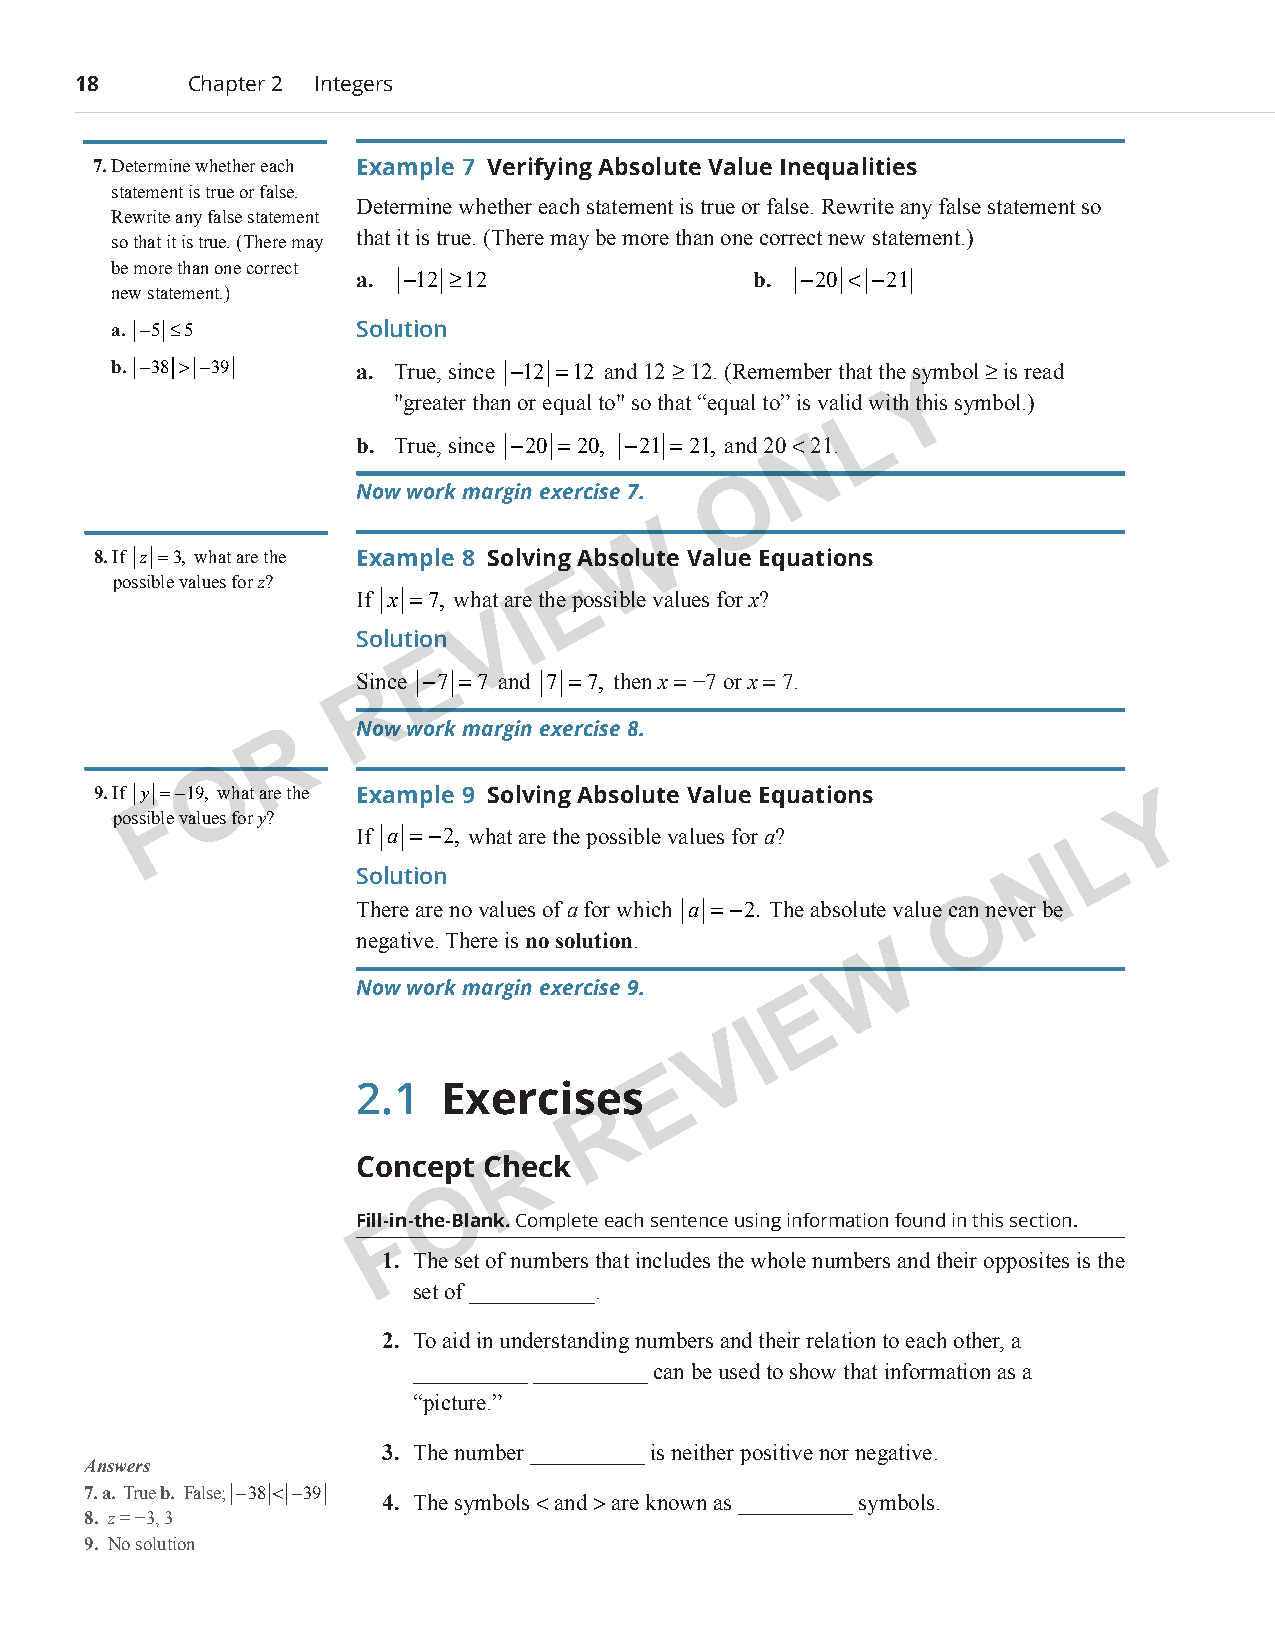
18      Chapter 2 Integers
 7. Determine whether each Example 7 Verifying Absolute Value Inequalities
 statement is true or false.
 Determine whether each statement is true or false. Rewrite any false statement so
 Rewrite any false statement
 that it is true. (There may be more than one correct new statement.)
 so that it is true. (There may
 be more than one correct
 a. −12 ≥12                b. −20 < −21
 new statement.)
 a. −5 ≤5        Solution
 b. −38 > −39    a. True, since −12 =12 and 12 ≥ 12. (Remember that the symb ol ≥ is read
 Y
 "greater than or equal to" so that “equal to” is valid with this symbol.)
 L
 b. True, since −20 =20, −21 =21, and 20 <N 21.
 O
 Now work margin exercise 7.
 W
 8. If z =3, what are the Example 8 Solving Absolute Value Equations
 E
 possible values for z?
 If x =7, what are the possible values for x?
 I
 V
 Solution
 E
 SRince −7 =7 and 7 =7, then x = −7 or x = 7.
 R    Now work margin exercise 8.
 O
 9. If y =−19, what are the Example 9 Solving Absolute Value Equations
 F                                                                 Y
 possible values for y?
 If a =−2, what are the possible values for a?    L
 N
 Solution
 O
 There are no values of a for which a =−2. The absolute value can never be
 negative. There is no solution.
 W
 Now work margin exercise 9.
 E
 I
 V
 E
 2.1  Exercises
 R
 R
 Concept Check
 O
 Fill-Fin-the-Blank. Complete each sentence using information found in this section.
 1. The set of numbers that includes the whole numbers and their opposites is the
 set of ___________.
 2. To aid in understanding numbers and their relation to each other, a
 __________ __________ can be used to show that information as a
 “picture.”
 3. The number __________ is neither positive nor negative.
 Answers
 7. a. True b. False; −38 < −39
 4. The symbols < and > are known as __________ symbols.
 8. z = −3, 3
 9. No solution
 PCM_Marketing_Booklet.indb 18                                            10/11/2017 9:58:15 AM